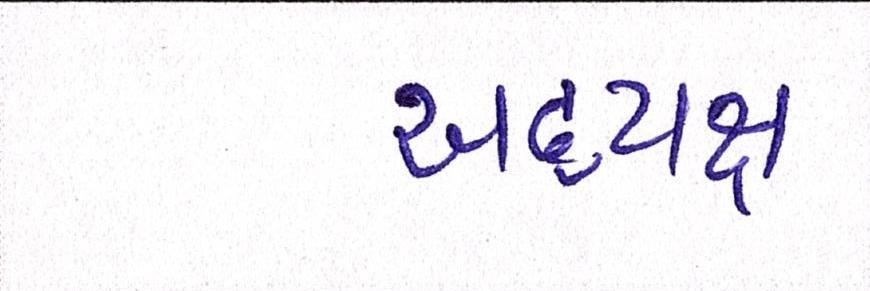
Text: અધ્યક્ષ